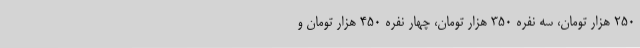
250 هزار تومان، سه نفره 350 هزار تومان، چهار نفره 450 هزار تومان و